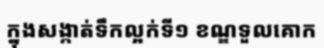
ក្នុងសង្កាត់ទឹកល្អក់ទី១ ខណ្ឌទួលគោក